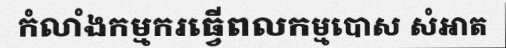
កំលាំងកម្មករធ្វើពលកម្មបោស សំអាត